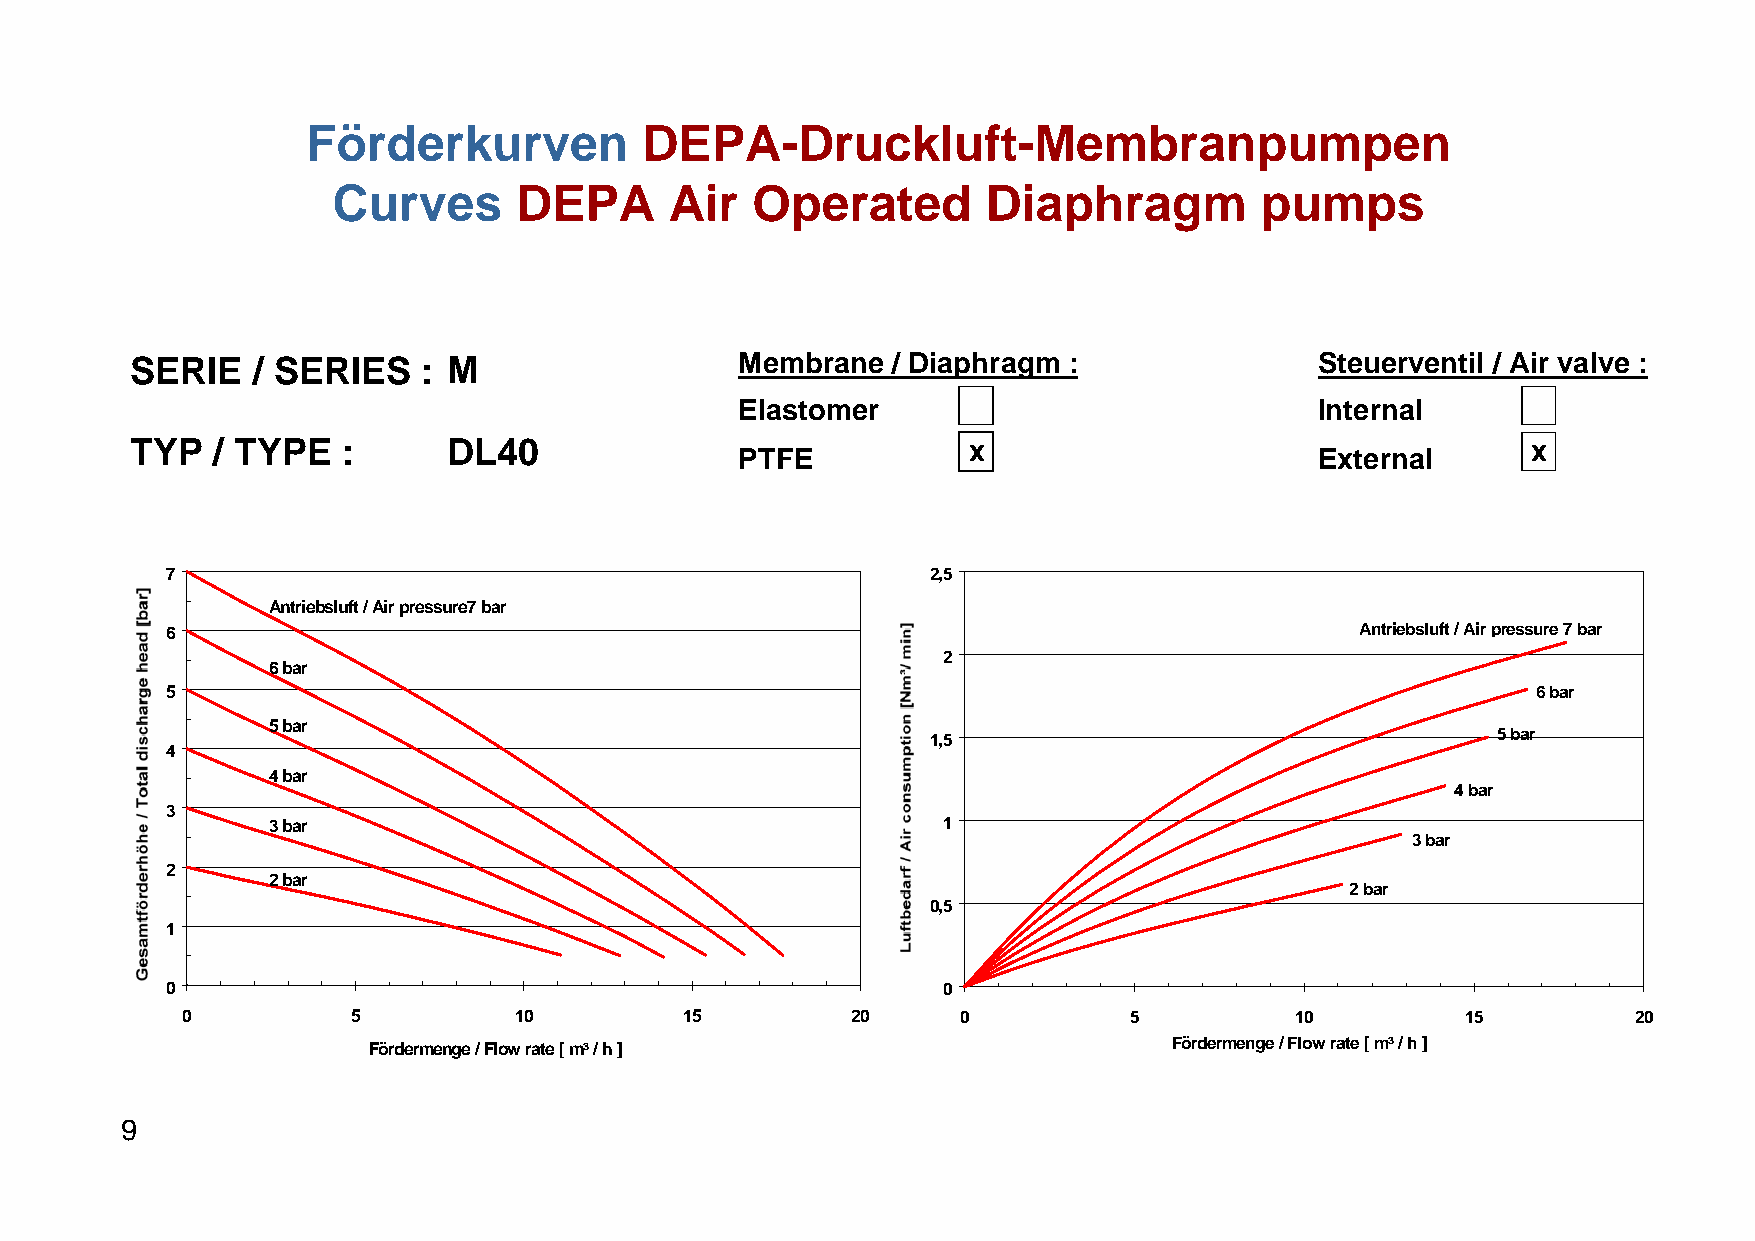
Förderkurven           DEPA-Druckluft-Membranpumpen
 Curves      DEPA      Air   Operated       Diaphragm         pumps
 SERIE   / SERIES   : M                  Membrane  / Diaphragm :               Steuerventil / Air valve :
 Elastomer                             Internal
 TYP  / TYPE   :      DL40                              x                                    x
 PTFE                                  External
 7                                                  2,5
 Antriebsluft / Air pressure7 bar
 6                                                                              Antriebsluft / Air pressure 7 bar
 2
 6 bar
 5                                                                                          6 bar
 5 bar
 1,5                                  5 bar
 4
 4 bar
 4 bar
 3
 3 bar                                       1
 3 bar
 2
 2 bar
 2 bar
 0,5
 1
 0                                                  0
 0          5          10         15         20      0          5          10         15         20
 Fördermenge / Flow rate [ m³ / h ]
 Fördermenge / Flow rate [ m³ / h ]
 9